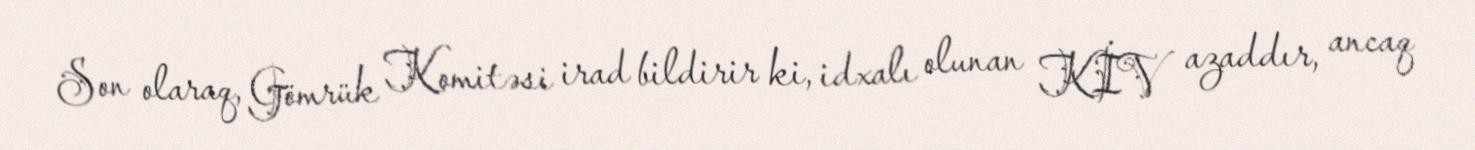
Son olaraq, Gömrük Komitəsi irad bildirir ki, idxalı olunan KİV azaddır, ancaq